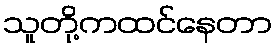
သူတို့ကထင်နေတာ